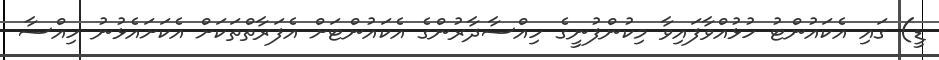
ޑީ) ގައި އެކައުންޓު ހުޅުއްވާފައިވާ މިކުންފުނީގެ ހިއްސާދާރުންގެ އެކައުންޓަށް އެފަރާތްތަކަށް އެކަށައެޅުނު ހިއްސާ